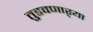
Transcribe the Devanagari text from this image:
तुडवणाऱ्या